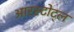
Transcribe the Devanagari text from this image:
आरस्टोट्ल